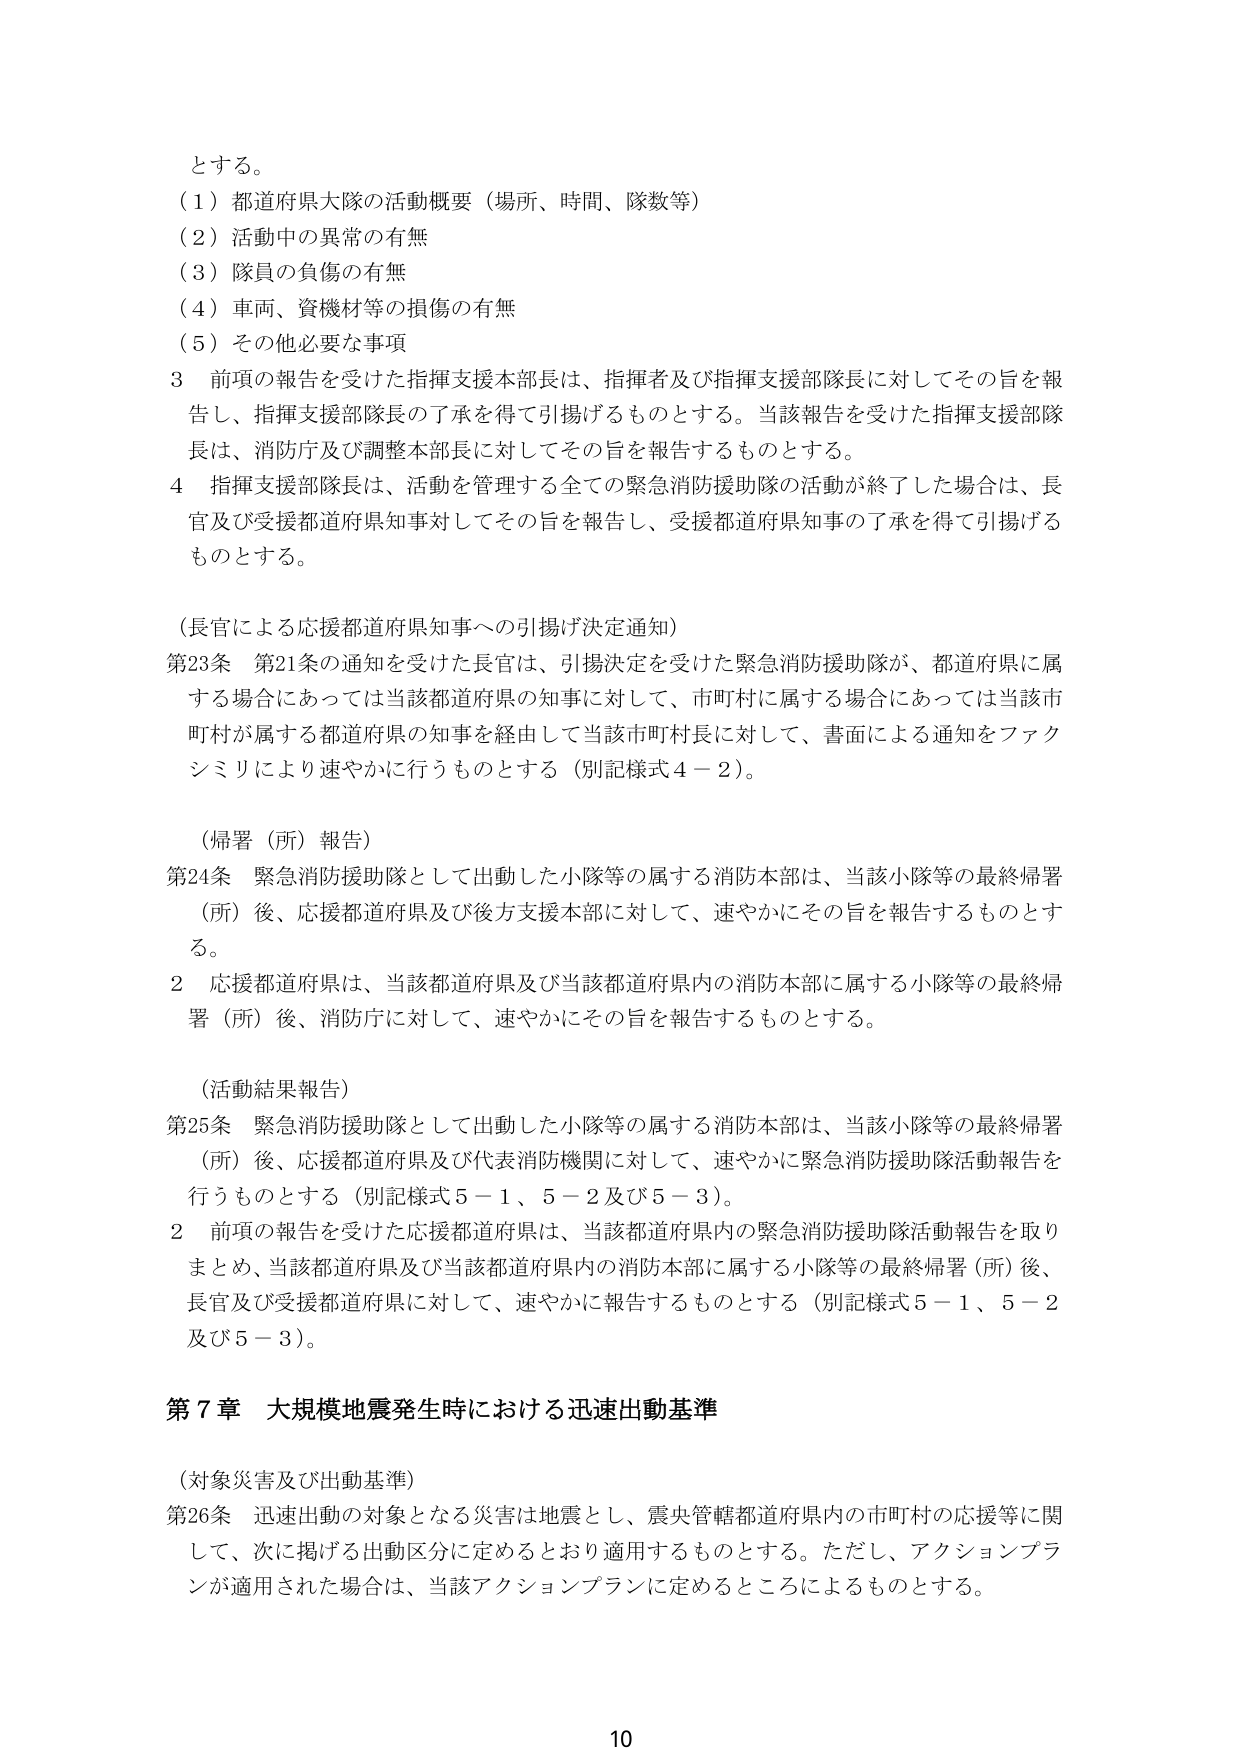
とする。
（１）都道府県大隊の活動概要（場所、時間、隊数等）
（２）活動中の異常の有無
（３）隊員の負傷の有無
（４）車両、資機材等の損傷の有無
（５）その他必要な事項

３ 前項の報告を受けた指揮支援本部長は、指揮者及び指揮支援部隊長に対してその旨を報告し、指揮支援部隊長の了承を得て引揚げるものとする。当該報告を受けた指揮支援部隊長は、消防庁及び調整本部長に対してその旨を報告するものとする。

４ 指揮支援部隊長は、活動を管理する全ての緊急消防援助隊の活動が終了した場合は、長官及び受援都道府県知事に対してその旨を報告し、受援都道府県知事の了承を得て引揚げるものとする。

（長官による応援都道府県知事への引揚げ決定通知）
第23条 第21条の通知を受けた長官は、引揚決定を受けた緊急消防援助隊が、都道府県に属する場合にあっては当該都道府県の知事に対して、市町村に属する場合にあっては当該市町村が属する都道府県の知事を経由して当該市町村長に対して、書面による通知をファクシミリにより速やかに行うものとする（別記様式４－２）。

（帰署（所）報告）
第24条 緊急消防援助隊として出動した小隊等の属する消防本部は、当該小隊等の最終帰署（所）後、応援都道府県及び後方支援本部に対して、速やかにその旨を報告するものとする。

２ 応援都道府県は、当該都道府県及び当該都道府県内の消防本部に属する小隊等の最終帰署（所）後、消防庁に対して、速やかにその旨を報告するものとする。

（活動結果報告）
第25条 緊急消防援助隊として出動した小隊等の属する消防本部は、当該小隊等の最終帰署（所）後、応援都道府県及び代表消防機関に対して、速やかに緊急消防援助隊活動報告を行うものとする（別記様式５－１、５－２及び５－３）。

２ 前項の報告を受けた応援都道府県は、当該都道府県内の緊急消防援助隊活動報告を取りまとめ、当該都道府県及び当該都道府県内の消防本部に属する小隊等の最終帰署（所）後、長官及び受援都道府県に対して、速やかに報告するものとする（別記様式５－１、５－２及び５－３）。

第７章 大規模地震発生時における迅速出動基準

（対象災害及び出動基準）
第26条 迅速出動の対象となる災害は地震とし、震央管轄都道府県内の市町村の応援等に関して、次に掲げる出動区分に定めるところにより適用するものとする。ただし、アクションプランが適用された場合は、当該アクションプランに定めるところによるものとする。

10